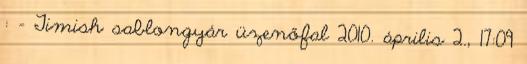
: – Timish sablongyár üzenőfal 2010. április 2., 17:09